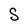
Character: S